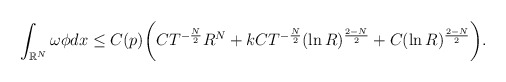
\begin{align*}&\int_{\mathbb{R}^{N}} \omega\phi dx \leq C(p)\biggr(CT^{-\frac{N}{2}}R^N+kCT^{-\frac{N}{2}}(\ln R)^\frac{2-N}{2}+C(\ln R)^\frac{2-N}{2}\biggr).\end{align*}